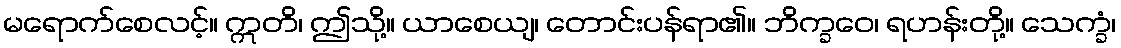
မရောက်စေလင့်။ ဣတိ၊ ဤသို့။ ယာစေယျ၊ တောင်းပန်ရာ၏။ ဘိက္ခဝေ၊ ရဟန်းတို့။ သေက္ခံ၊